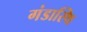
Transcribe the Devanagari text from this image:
गंडास्थि